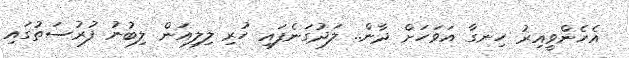
އެހެންވީއިރު ހިނގާ އަވަހަށް ދާން.. ލަަދުގަނެފައި ހުރި ލިލިއަން ލިބުނު ފުރުސަތުގައި